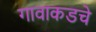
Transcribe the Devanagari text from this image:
गावाकडचे